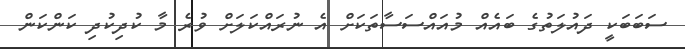
ސަބަބަކީ ދައުލަތުގެ ބައެއް މުއައްސަސާތަކަށް އެ ނުރައްކަލަށް ވުރެ މާ ކުދިކުދި ކަންކަން